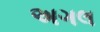
અગલ